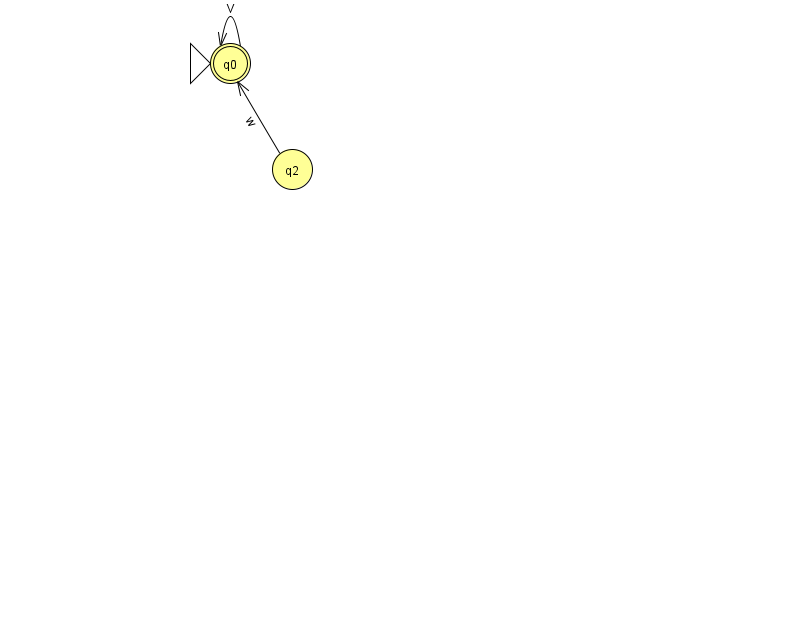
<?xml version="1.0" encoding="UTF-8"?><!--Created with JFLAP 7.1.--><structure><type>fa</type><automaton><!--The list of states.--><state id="0" name="q0"><x>230.0</x><y>50.0</y><initial/><final/></state><state id="2" name="q2"><x>292.0</x><y>156.0</y></state><!--The list of transitions.--><transition><from>2</from><to>0</to><read>w</read></transition><transition><from>0</from><to>0</to><read>V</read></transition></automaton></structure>